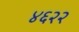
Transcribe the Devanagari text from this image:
४६२२